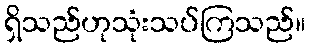
ရှိသည်ဟုသုံးသပ်ကြသည်။